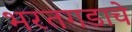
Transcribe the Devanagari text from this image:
भरतगडाचे